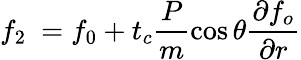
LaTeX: f_{2}\ =f_{0}+t_{c}\frac{P}{m}\cos\theta\frac{\partial f_{o}}{\partial r}